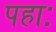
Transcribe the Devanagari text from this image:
पहाः